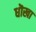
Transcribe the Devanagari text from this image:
धॊखा